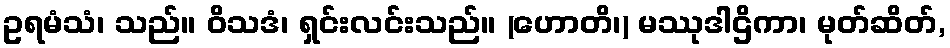
ဥရမံသံ၊ သည်။ ဝိသဒံ၊ ရှင်းလင်းသည်။ (ဟောတိ၊) မဿုဒါဌိကာ၊ မုတ်ဆိတ်,